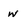
Character: w